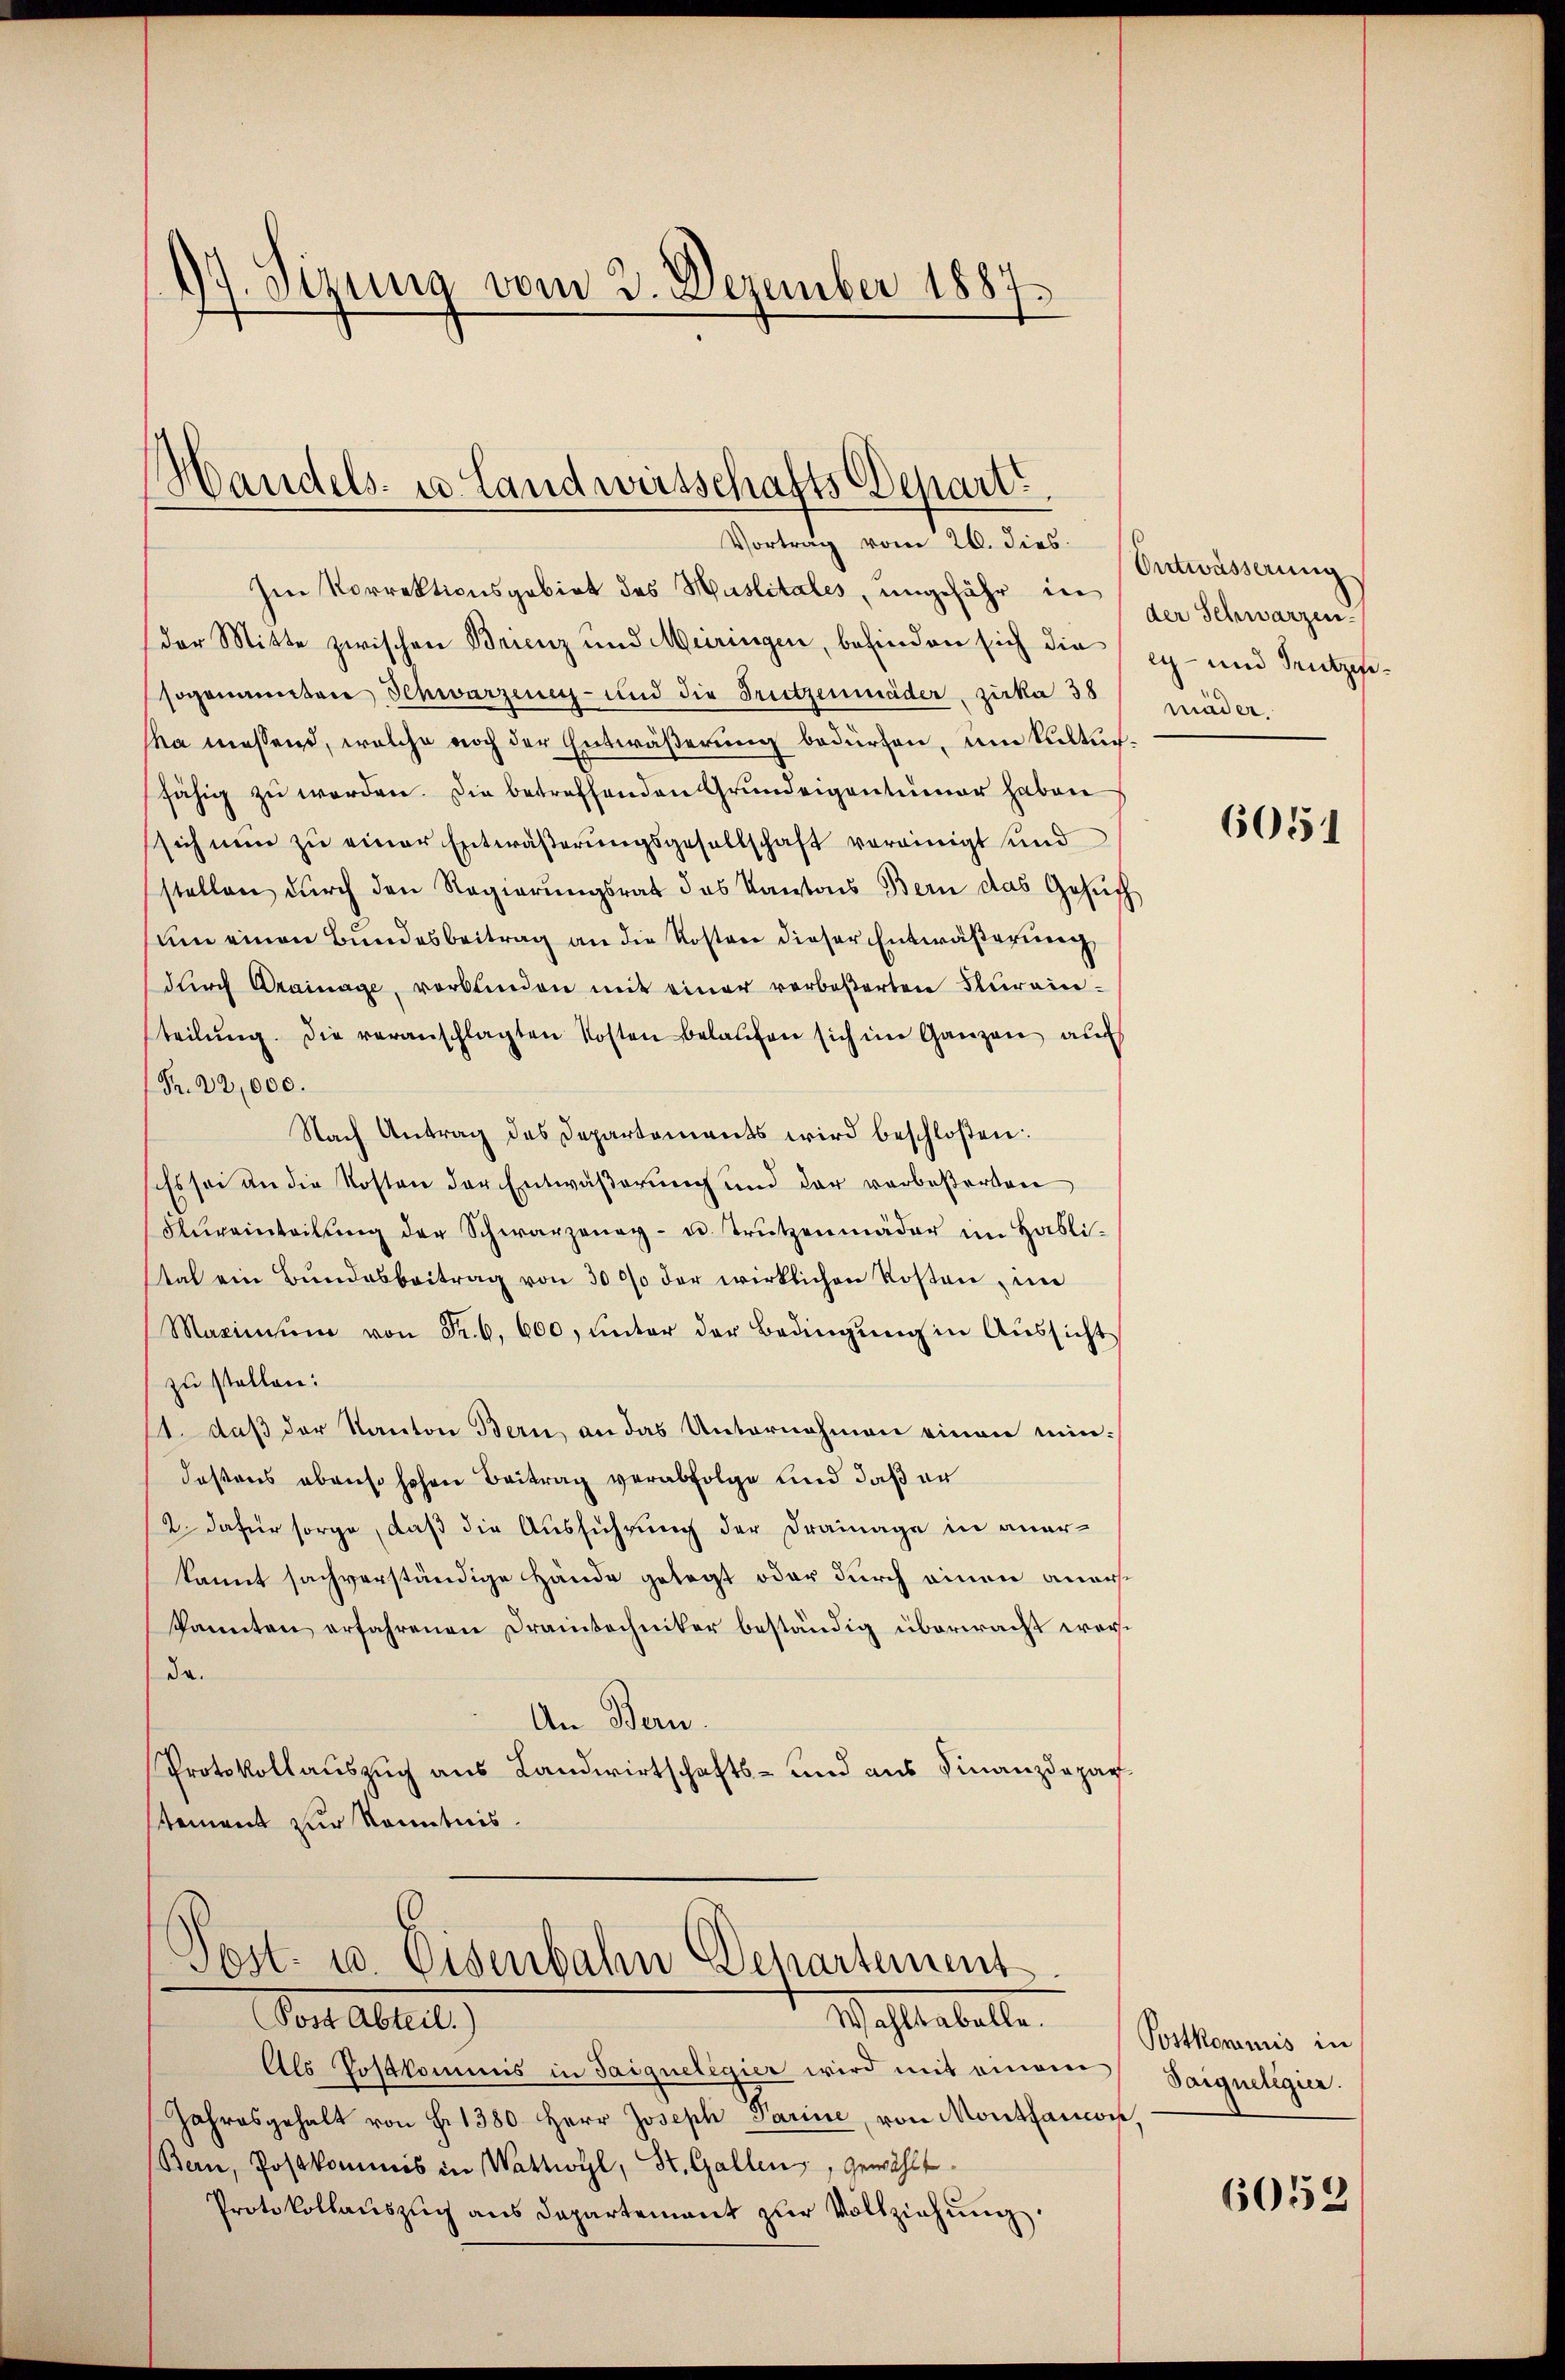
97. Sizung vom 2. Dezember 1887.

Handels- u. Landwirtschafts Depart
Vortrag vom 26. dies

Im Vorrektionsgebiet des Huslitales, ungefähr der der Schwarzender Mitte zwischen Brienz und Meiringen, befinden sich die eg- und Bentziesogenanton Schwarzeneg- und die Trutzenmäder, zirka 38
ska messend, welche noch der Entwäßerung bedürfen, um Kulturfähig zu werden. Die betreffenden Grundeigentümer haben
sich nun zu einer Entwäßerungsgesellschaft vereinigt und
stellen durch den Regierungsrat des Kantons Bern das Gesŭch
um einen Bundesbeitrag an die Kosten dieser Entwäßerung
dŭrch Drainage, verbunden mit einer verbeßerten Flurein-
teilung. Die veranschlagten Kosten belaufen sich im Ganzen au
Pr. 22,000.
Nach Antrag des Departements wird beschloßen:
Es sei an die Kosten der Entwäßerung und der verbeßerten
Kŭrainteilŭng der Schwarzeneg- u. Trützenmäder im Habli-
tat ein Bundesbeitrag von 3000 der wirklichen Kosten, im
Maximŭm von Fr. 6. 600, ŭnter der Bedingŭng in Aŭssicht
zu stellen:
1. daß der Kanton Bern, an das Unternehmen einen min¬
Fastens ebenso hohen Beitrag verabfolge und daß er
2. dafür sorge, daß die Ausführung der Drainage in anerkannt sachverständige Hände gelegt oder durch einen anerskannten erfahrenen Drantechniker beständig überwacht werda.
An Bern.
Protokollauszug aus Landwirtschafts- und aus Finanzdeparsement zur Kenntnis.

Post- u. Eisenbahn Departement
Wastabelle
Vor alle

Als Postkommnis in Saiqueligier wird mit einem Saiqueligier.
Jahresgehalt von S. 1380. Herr Joseph Parine, von Montanos,
Bern, Postkommis in Wattwyl, St. Gallen, gewählt.
Protokollauszug aus Departement zur Vollziehung.

Ontwässerung
mäder.

6051

Postkommnis in

6052